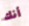
أنك